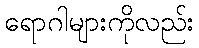
ရောဂါများကိုလည်း